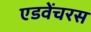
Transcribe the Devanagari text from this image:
एडवेंचरस